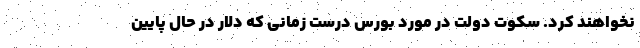
نخواهند کرد. سکوت دولت در مورد بورس درست زمانی که دلار در حال پایین